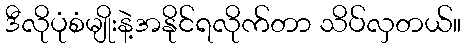
ဒီလိုပုံစံမျိုးနဲ့အနိုင်ရလိုက်တာ သိပ်လှတယ်။